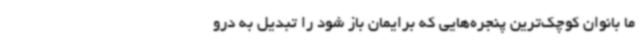
ما بانوان کوچک‌ترین پنجره‌هایی که برایمان باز شود را تبدیل به درو